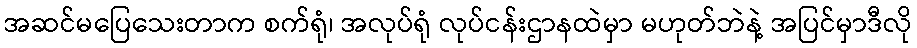
အဆင်မပြေသေးတာက စက်ရုံ၊ အလုပ်ရုံ လုပ်ငန်းဌာနထဲမှာ မဟုတ်ဘဲနဲ့ အပြင်မှာဒီလို